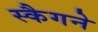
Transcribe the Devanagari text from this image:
स्कैगने